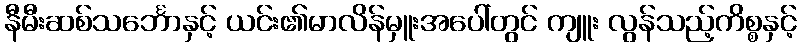
နီမီးဆစ်သင်္ဘောနှင့် ယင်း၏မာလိန်မှူးအပေါ်တွင် ကျူး လွန်သည့်ကိစ္စနှင့်